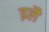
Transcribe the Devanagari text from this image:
इलै